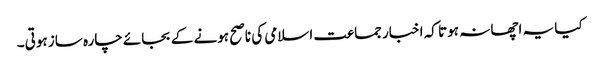
کیا یہ اچھا نہ ہوتا کہ اخبار جماعت اسلامی کی ناصح ہونے کے بجائے چارہ ساز ہوتی۔